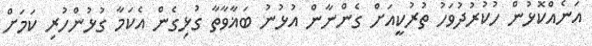
އަނެއްކޮޅުން ހުކުރުދުވަހު ތުރުކީއަށް ގެންނާން އުޅުނު ބަޣާވާތާ ގުޅިގެން އެކަމާ ގުޅުންހުރި ކަމަށް